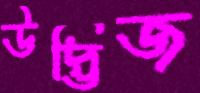
উদ্ভিজ